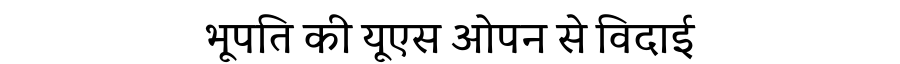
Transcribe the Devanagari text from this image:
भूपति की यूएस ओपन से विदाई